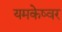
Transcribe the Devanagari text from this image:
यमकेष्वर